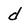
Character: d